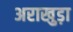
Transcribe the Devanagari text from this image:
अराखुड़ा